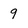
Character: 9